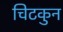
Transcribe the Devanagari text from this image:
चिटकुन